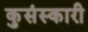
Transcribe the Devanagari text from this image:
कुसंस्कारी